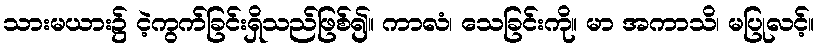
သားမယား၌ ငဲ့ကွက်ခြင်းရှိသည်ဖြစ်၍။ ကာလံ၊ သေခြင်းကို။ မာ အကာသိ၊ မပြုလင့်။